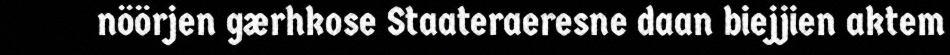
nöörjen gærhkose Staateraeresne daan biejjien aktem